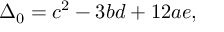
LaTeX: \Delta _ { 0 } = c ^ { 2 } - 3 b d + 1 2 a e ,